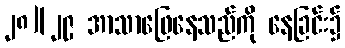
၂၈][၂၉ အာသာဖြေနေသည်ကို နေခြင်း၌